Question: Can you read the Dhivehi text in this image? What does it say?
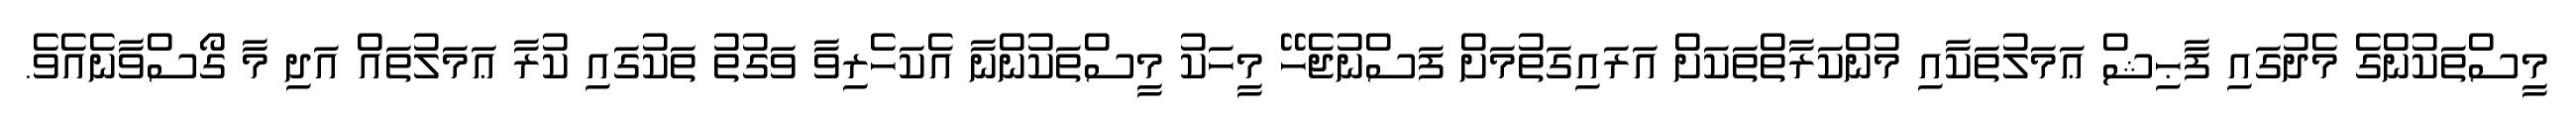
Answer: މީސްތަކުންގެ މެދުގައި ފާޙިޝް ޢަމަލުތަކާއި މުންކަރާތްތަކަށް އަރައިގަތުމަށް ފަސްނުޖެހޭ މީހަކު މީސްތަކުންނާ އެކަހެރިވާ ވަގުތު ތަކުގައި ކުރާ ޢަމަލުތައް އަދި މާ ގޯސްވާނެއެވެ.